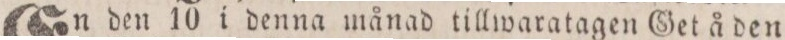
En den 10 i denna månad tillwaratagen Get å den